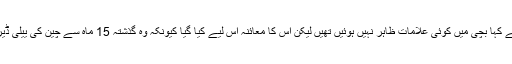
گزشتہ رات ایک بیان میں عہدے داروں نے کہا بچی میں کوئی علامات ظاہر نہیں ہوئیں تھیں لیکن اس کا معائنہ اس لیے کیا گیا کیونکہ وہ گذشتہ 15 ماہ سے چین کی ییلی ڈیری کا تیار کردہ خشک دودھ پی رہی تھی۔